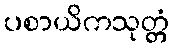
ပစာယိကသုတ္တံ